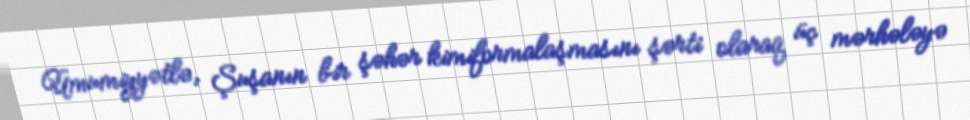
Ümumiyyətlə, Şuşanın bir şəhər kimiformalaşmasını şərti olaraq üç mərhələyə